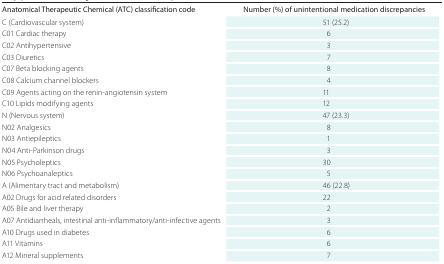
<table><thead><tr><td><b>Anatomical Therapeutic Chemical (ATC) classification code</b></td><td colspan="2"><b>Number (%) of unintentional medication discrepancies</b></td></tr></thead><tbody><tr><td>C (Cardiovascular system)</td><td>51 (25.2)</td></tr><tr><td>C01 Cardiac therapy</td><td>6</td></tr><tr><td>C02 Antihypertensive</td><td>3</td></tr><tr><td>C03 Diuretics</td><td>7</td></tr><tr><td>C07 Beta blocking agents</td><td>8</td></tr><tr><td>C08 Calcium channel blockers</td><td>4</td></tr><tr><td>C09 Agents acting on the renin-angiotensin system</td><td>11</td></tr><tr><td>C10 Lipids modifying agents</td><td>12</td></tr><tr><td>N (Nervous system)</td><td>47 (23.3)</td></tr><tr><td>N02 Analgesics</td><td>8</td></tr><tr><td>N03 Antiepileptics</td><td>1</td></tr><tr><td>N04 Anti-Parkinson drugs</td><td>3</td></tr><tr><td>N05 Psycholeptics</td><td>30</td></tr><tr><td>N06 Psychoanaleptics</td><td>5</td></tr><tr><td>A (Alimentary tract and metabolism)</td><td>46 (22.8)</td></tr><tr><td>A02 Drugs for acid related disorders</td><td>22</td></tr><tr><td>A05 Bile and liver therapy</td><td>2</td></tr><tr><td>A07 Antidiarrheals, intestinal anti-inflammatory/anti-infective agents</td><td>3</td></tr><tr><td>A10 Drugs used in diabetes</td><td>6</td></tr><tr><td>A11 Vitamins</td><td>6</td></tr><tr><td>A12 Mineral supplements</td><td>7</td></tr></tbody></table>